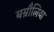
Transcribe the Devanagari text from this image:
बम्रौलिया